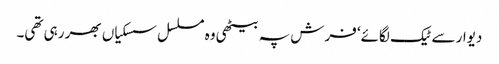
دیوار سے ٹیک لگائے‘ فرش پہ بیٹھی وہ مسلسل سسکیاں بھر رہی تھی۔